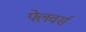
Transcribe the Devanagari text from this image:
फ्लेवर्स